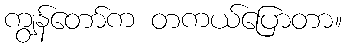
ကျွန်တော်က တကယ်ပြောတာ။